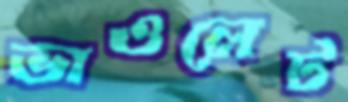
ভাওলেট